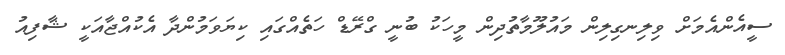
ސީއެންއެމަށް ވިލިނގިލިން މައުލޫމާތުދިން މީހަކު ބުނީ ގްރޭޑް ހަތެއްގައި ކިޔަވަމުންދާ އެކުއްޖާއަކީ ޝާފިއު